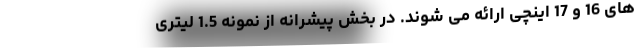
های 16 و 17 اینچی ارائه می شوند. در بخش پیشرانه از نمونه 1.5 لیتری